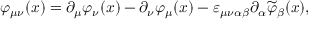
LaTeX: \varphi _ { \mu \nu } ( x ) = \partial _ { \mu } \varphi _ { \nu } ( x ) - \partial _ { \nu } \varphi _ { \mu } ( x ) - \varepsilon _ { \mu \nu \alpha \beta } \partial _ { \alpha } \widetilde { \varphi } _ { \beta } ( x ) ,